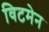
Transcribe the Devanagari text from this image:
विटमेन